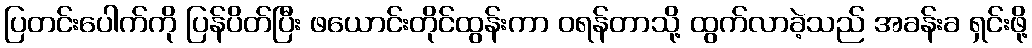
ပြတင်းပေါက်ကို ပြန်ပိတ်ပြီး ဖယောင်းတိုင်ထွန်းကာ ဝရန်တာသို့ ထွက်လာခဲ့သည် အခန်းခ ရှင်းဖို့